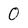
Character: 0